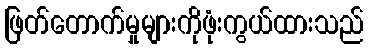
ဖြတ်တောက်မှုများကိုဖုံးကွယ်ထားသည်